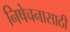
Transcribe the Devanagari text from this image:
निषेचनासाठी